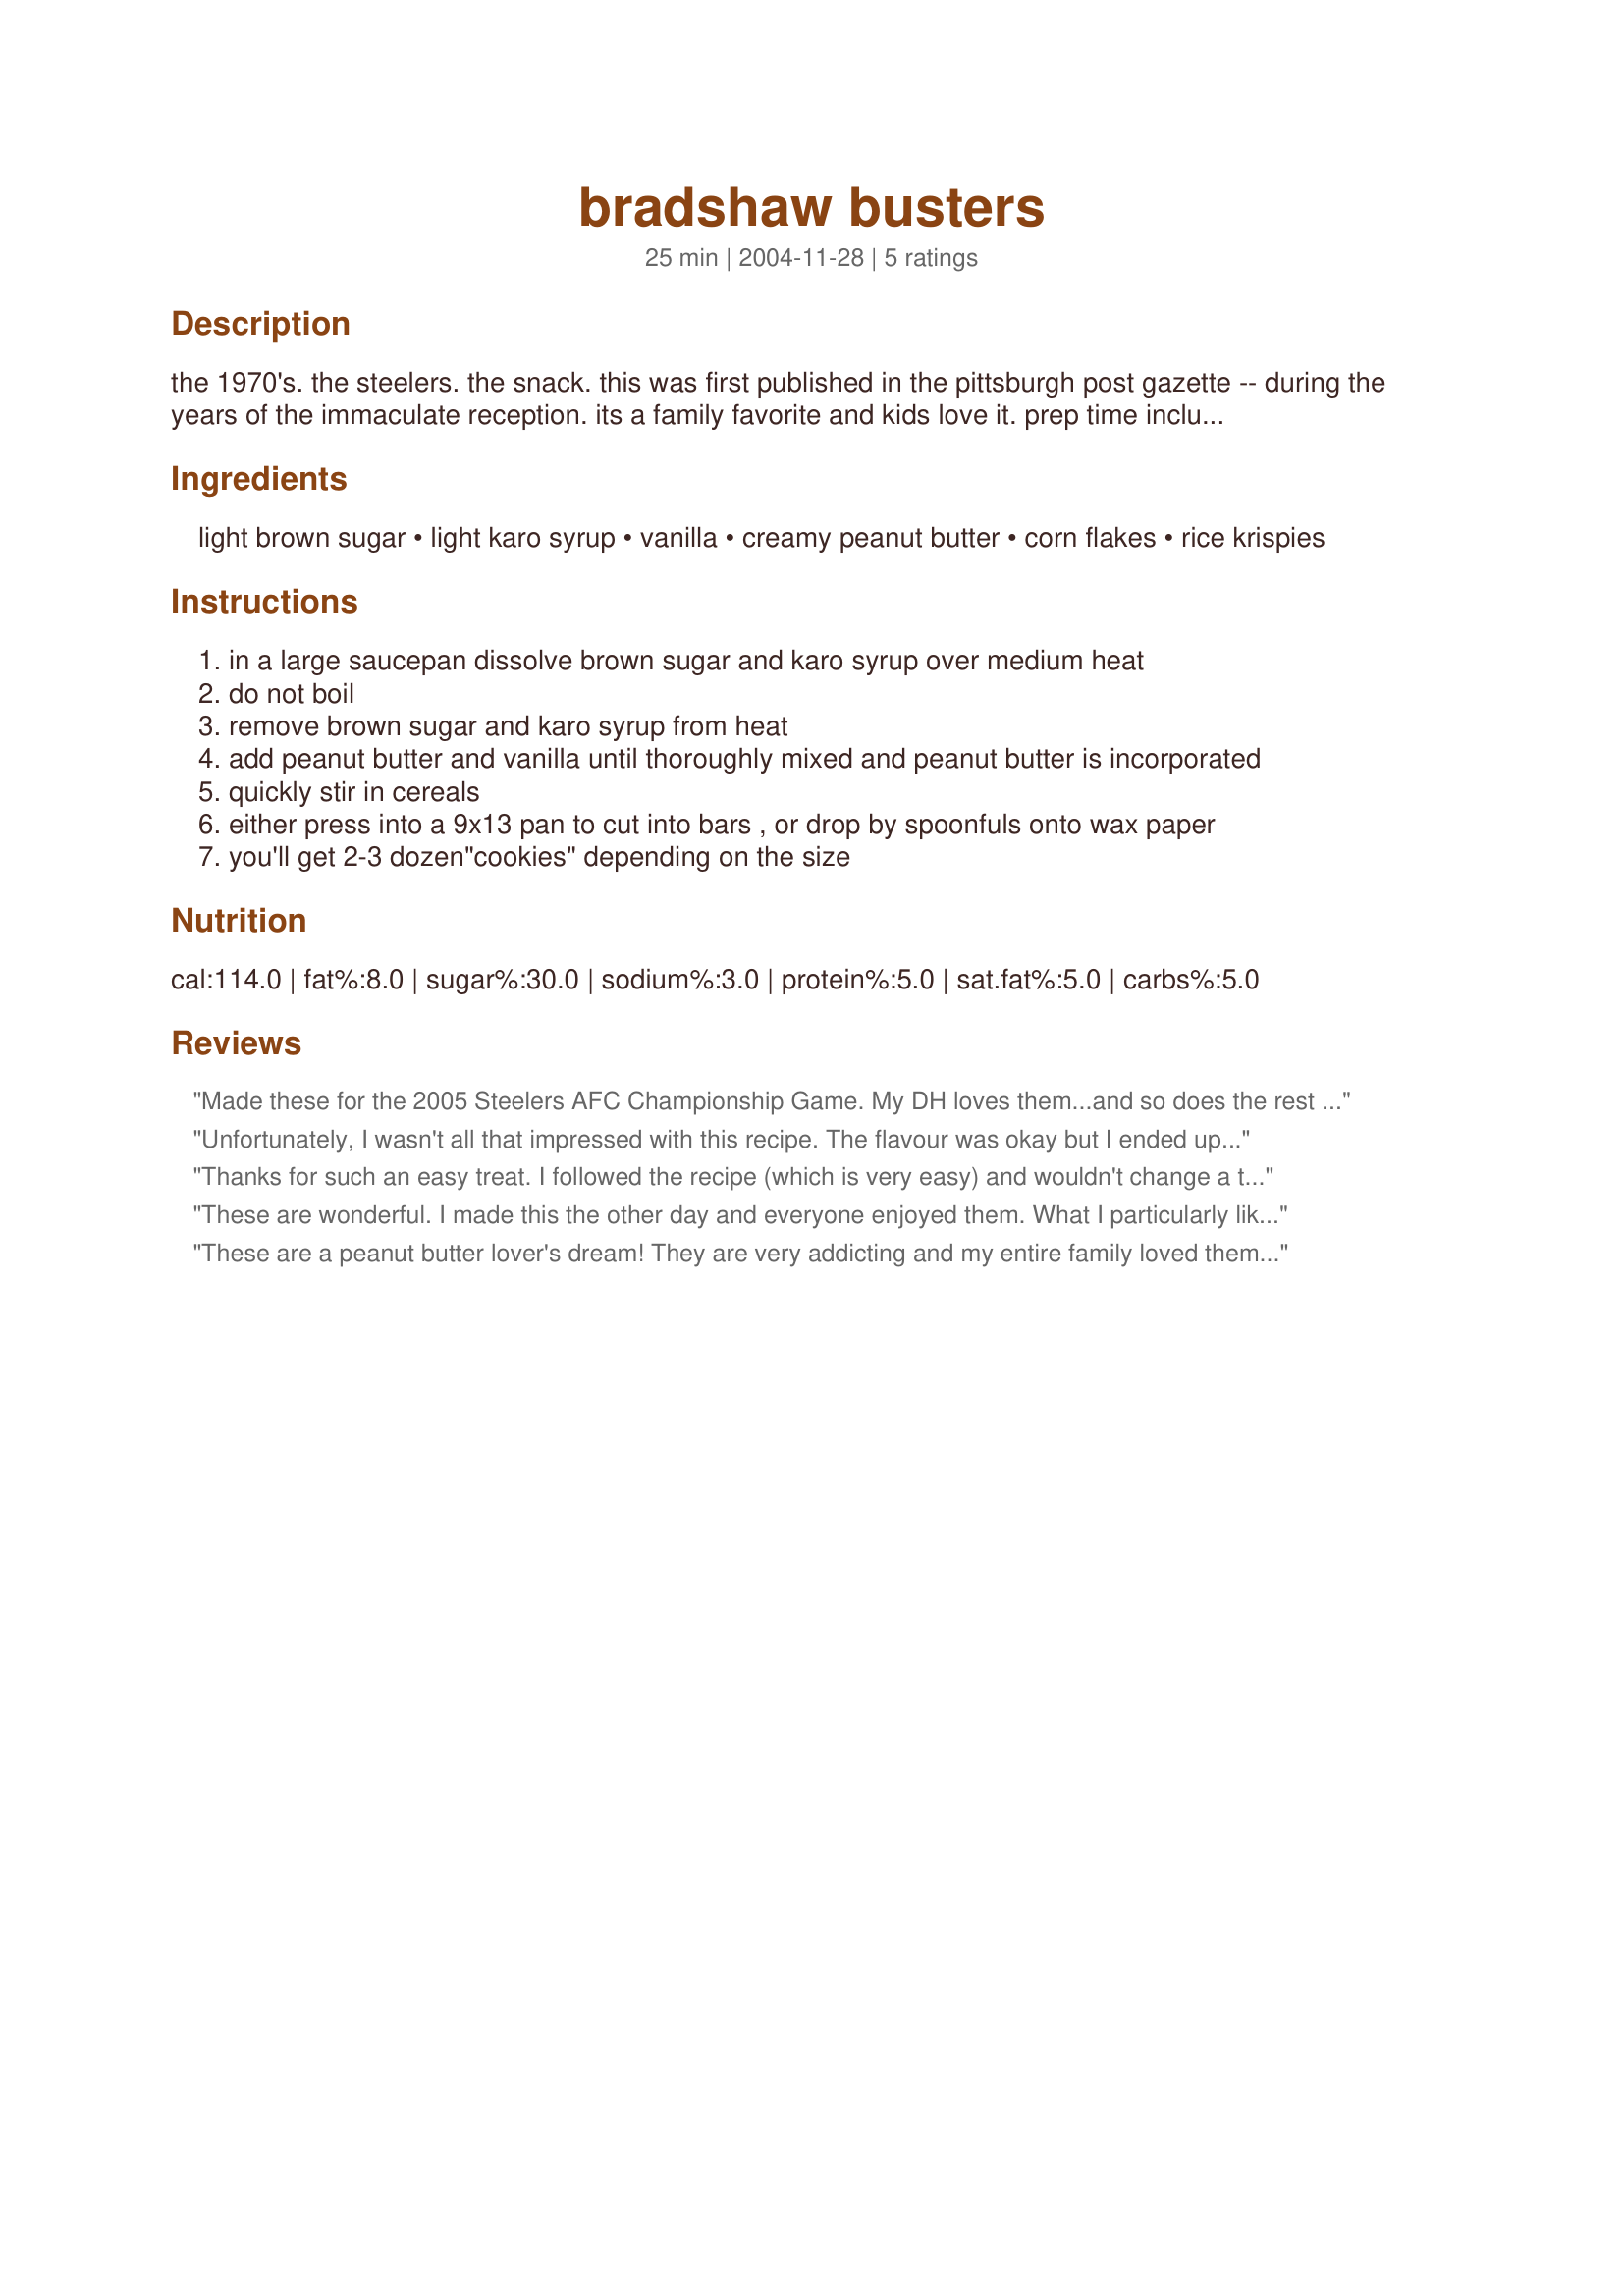
bradshaw busters
Preparation time: 25 minutes

the 1970's. the steelers. the snack. this was first published in the pittsburgh post gazette -- during the years of the immaculate reception. its a family favorite and kids love it. prep time includes the time it takes to either press into a pan or drop onto waxed paper.

Ingredients:
light brown sugar, light karo syrup, vanilla, creamy peanut butter, corn flakes, rice krispies

Steps:
in a large saucepan dissolve brown sugar and karo syrup over medium heat
do not boil
remove brown sugar and karo syrup from heat
add peanut butter and vanilla until thoroughly mixed and peanut butter is incorporated
quickly stir in cereals
either press into a 9x13 pan to cut into bars , or drop by spoonfuls onto wax paper
you'll get 2-3 dozen"cookies" depending on the size

Reviews:
Made these for the 2005 Steelers AFC Championship Game. My DH loves them...and so does the rest of the family. I used cocoa krispies with the corn flakes...and it looks like Steelers colors. A fun and tasty recipe that will be made again. Let's hope they bring good luck as well as good taste. ;)
Unfortunately, I wasn't all that impressed with this recipe. The flavour was okay but I ended up frosting them with chocolate butter icing to perk them up a bit. I also thought that a smaller pan should have been used - maybe 9" square. With the 9X13 pan, the squares were very, very thin.
Thanks for such an easy treat. I followed the recipe (which is very easy) and wouldn't change a thing. It is a carmel, peanut butter crunch from the corn flakes treat. Thanks again for sharing.
These are wonderful. I made this the other day and everyone enjoyed them. What I particularly liked watching was a 3 year old eating these and watching TV at my place:) These are nice!
These are a peanut butter lover's dream! They are very addicting and my entire family loved them. I'm not sure if I should thank you for posting this as I have already eaten way too many!
